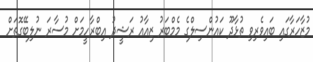
މުޒާހަރާގައި ބައިވެރިވި ތުޅާދޫ ކައުންސިލްގެ މެމްބަރު ޒިއާއު ރަޝީދު އިބްރާހީމަށް މުސާރަ ނުލިބޭގޮތަށް